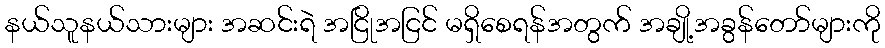
နယ်သူနယ်သားများ အဆင်းရဲ အငြိုအငြင် မရှိစေရန်အတွက် အချို့အခွန်တော်များကို